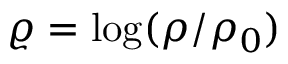
\varrho = \log ( \rho / \rho _ { 0 } )